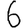
Digit: 6